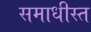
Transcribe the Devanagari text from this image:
समाधीस्त